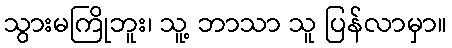
သွားမကြိုဘူး၊ သူ့ ဘာသာ သူ ပြန်လာမှာ။